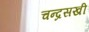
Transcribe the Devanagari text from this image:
चन्द्रसखी